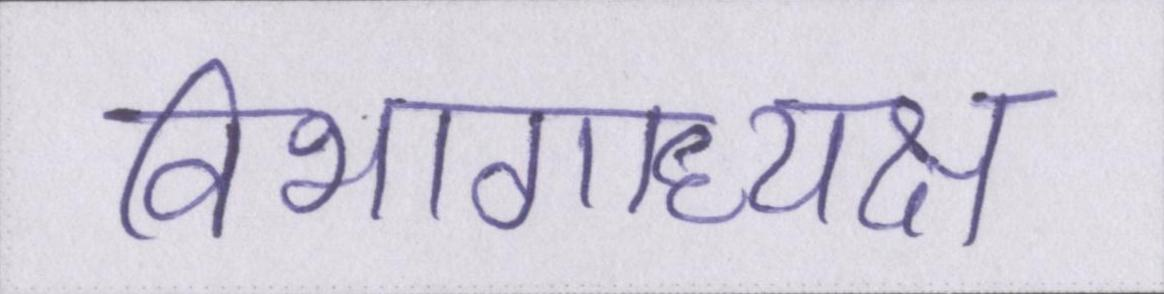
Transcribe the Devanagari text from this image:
विभागाध्यक्ष